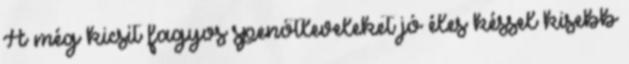
A még kicsit fagyos spenótleveleket jó éles késsel kisebb